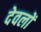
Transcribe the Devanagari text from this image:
देवलों